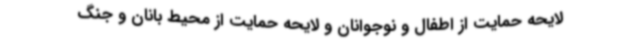
لایحه حمایت از اطفال و نوجوانان و لایحه حمایت از محیط بانان و جنگ